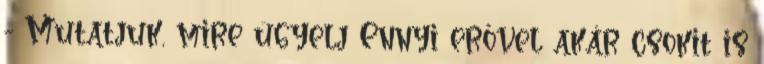
- Mutatjuk, mire ügyelj Ennyi erővel akár csokit is